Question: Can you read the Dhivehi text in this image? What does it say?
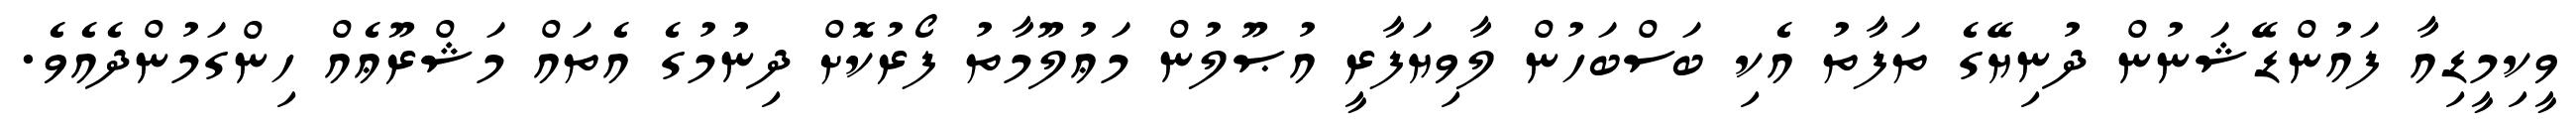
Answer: ވީކިމީޑިއާ ފައުންޑޭޝަނުން ދުނިޔޭގެ ތަފާތު އެކި ބަސްބަހުން ލާވިޔަފާރީ އުޞޫލުން މަޢުލޫމާތު ފޯރުކޮށް ދިނުމުގެ އެތައް މަޝްރޫޢެއް ހިންގަމުންދެއެވެ.